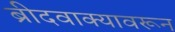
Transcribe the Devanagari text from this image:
ब्रीदवाक्यावरून